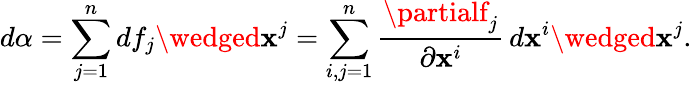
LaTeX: d\alpha=\sum_{j=1}^{n}df_{j}\wedged\mathbf{x}^{j}=\sum_{i,j=1}^{n}{\frac{{\partialf_{j}}}{{\partial\mathbf{x}^{i}}}}\, d\mathbf{x}^{i}\wedged\mathbf{x}^{j}.